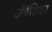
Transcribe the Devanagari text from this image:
अँबॅसिडर